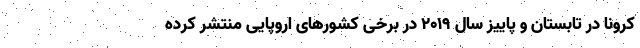
کرونا در تابستان و پاییز سال 2019 در برخی کشورهای اروپایی منتشر کرده